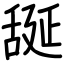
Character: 𦧝